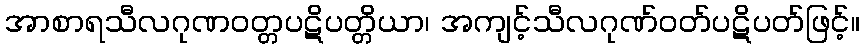
အာစာရသီလဂုဏဝတ္တပဋိပတ္တိယာ၊ အကျင့်သီလဂုဏ်ဝတ်ပဋိပတ်ဖြင့်။